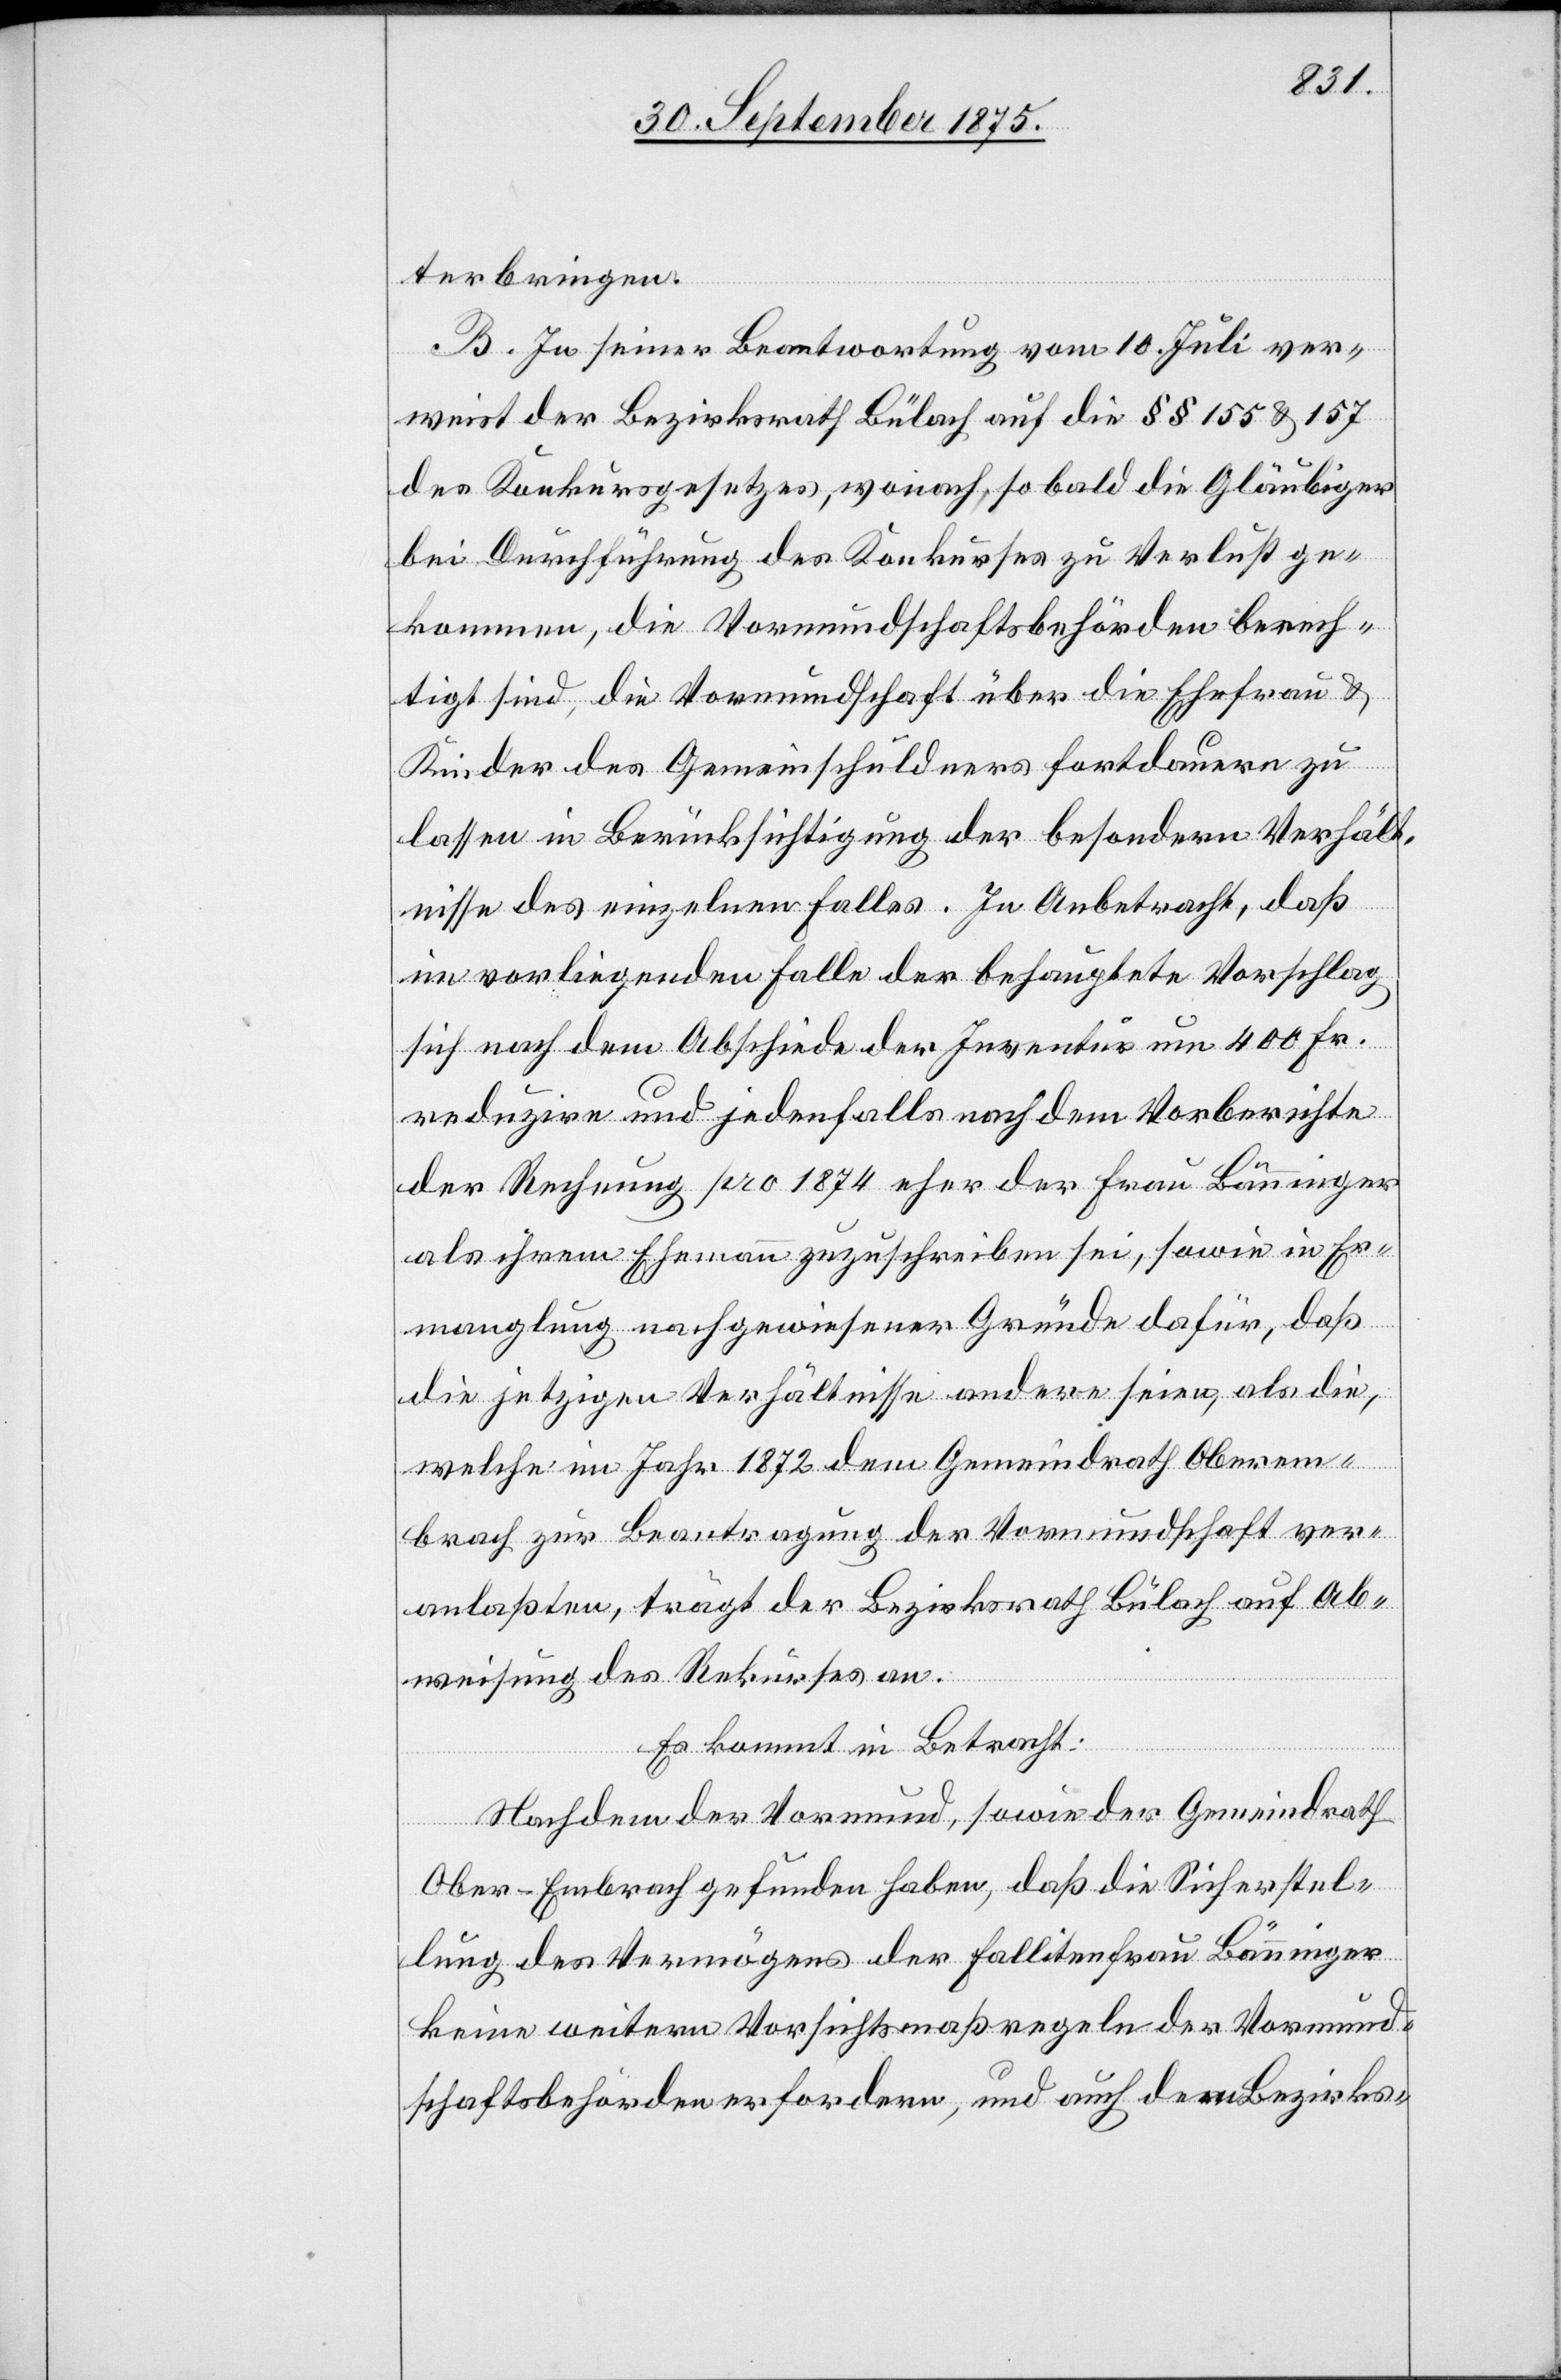
terbringen.
B. In seiner Beantwortung vom 10. Juli ver¬
weist der Bezirksrath Bülach auf die §§ 155 & 157
des Konkursgesetzes, wonach, so bald die Gläubiger
bei Durchführung des Konkurses zu Verlust ge¬
kommen, die Vormundschaftsbehörden berech¬
tigt sind, die Vormundschaft über die Ehefrau &
Kinder des Gemeinschuldners fortdauern zu
lassen in Berücksichtigung der besondern Verhält¬
nisse des einzelnen Falles. In Anbetracht, daß
im vorliegenden Falle der behauptete Vorschlag
sich nach dem Abschiede der Inventur um 400 Fr.
reduzire und jedenfalls nach dem Vorberichte
der Rechnung pro 1874 eher der Frau Bänninger
als ihrem Ehemann zuzuschreiben sei, sowie in Er¬
manglung nachgewiesener Gründe dafür, daß
die jetzigen Verhältnisse andere seien, als die,
welche im Jahr 1872 dem Gemeindrath Oberem¬
brach zur Beantragung der Vormundschaft ver¬
anlaßten, trägt der Bezirksrath Bülach auf Ab¬
weisung des Rekurses an.
Es kommt in Betracht:
Nachdem der Vormund, sowie der Gemeindrath
Ober-Embrach gefunden haben, daß die Sicherstel¬
lung des Vermögens der Fallitenfrau Bänninger
keine weitern Vorsichtsmaßregeln der Vormund¬
schaftsbehörden erfordere, und auch dem Bezirks-